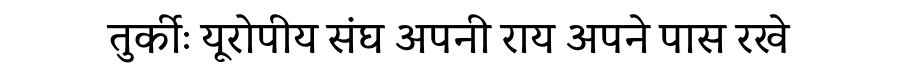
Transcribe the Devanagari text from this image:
तुर्कीः यूरोपीय संघ अपनी राय अपने पास रखे